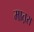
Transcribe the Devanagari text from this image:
मात़रा